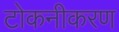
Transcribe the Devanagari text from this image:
टोकनीकरण